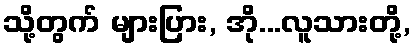
သို့တွက် များပြား, အို...လူသားတို့,